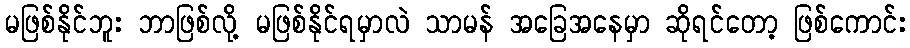
မဖြစ်နိုင်ဘူး ဘာဖြစ်လို့ မဖြစ်နိုင်ရမှာလဲ သာမန် အခြေအနေမှာ ဆိုရင်တော့ ဖြစ်ကောင်း